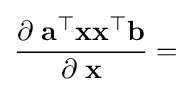
{\frac {\partial \;{\textbf {a}}^{\top }{\textbf {x}}{\textbf {x}}^{\top }{\textbf {b}}}{\partial \;{\textbf {x}}}}=